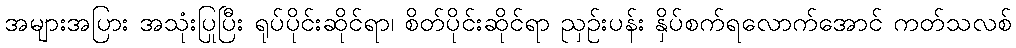
အများအပြား အသုံးပြုပြီး ရုပ်ပိုင်းဆိုင်ရာ၊ စိတ်ပိုင်းဆိုင်ရာ ညှဉ်းပန်း နှိပ်စက်ရလောက်အောင် ကတ်သလစ်